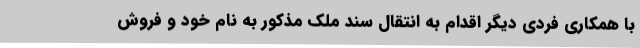
با همکاری فردی دیگر اقدام به انتقال سند ملک مذکور به نام خود و فروش